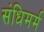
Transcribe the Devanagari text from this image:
संधिमर्म